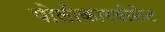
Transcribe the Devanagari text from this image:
पोलीकारबोनेट